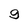
Character: g